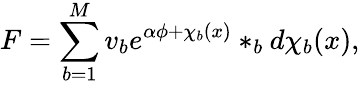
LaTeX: F=\sum_{b=1}^{M}v_{b}e^{\alpha\phi+\chi_{b}(x)}\ast_{b}d\chi_{b}(x),